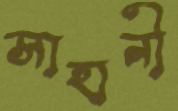
সাহানী